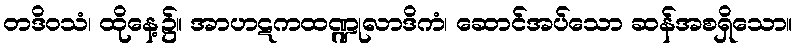
တဒိဝသံ၊ ထိုနေ့၌။ အာဟဋကထဏ္ဍုလာဒိကံ၊ ဆောင်အပ်သော ဆန်အစရှိသော။